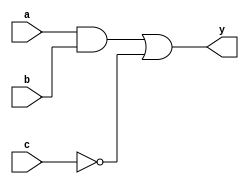
module combinational_logic (
    input wire a,        // First input signal
    input wire b,        // Second input signal
    input wire c,        // Third input signal
    output reg y         // Output signal
);

always @(*) begin
    // Combinational logic implemented using blocking assignments
    y = (a & b) | (~c); // Example logic: y = (a AND b) OR (NOT c)
end

endmodule